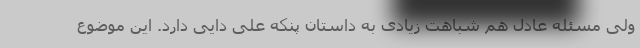
ولی مسئله عادل هم شباهت زیادی به داستان پنکه علی دایی دارد. این موضوع